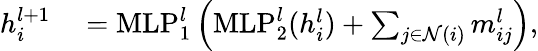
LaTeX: \begin{array}{rl}{h_{i}^{l+1}}&{{}=\mathrm{MLP}_{1}^{l}\left(\mathrm{MLP}_{2}^{l}(h_{i}^{l})+\sum_{j\in\mathcal{N}(i)}m_{ij}^{l}\right),}\end{array}